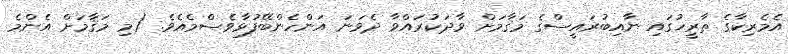
އެމެރިކާގެ ތާރީޚުގައި ނާއިބުރައީސްގެ މަޤާމަށް ވާދަކުރައްވާ ދެވަނަ އަންހެންބޭފުޅާވެސްމެއެވެ. (މި މަޤާމަށް އެންމެ